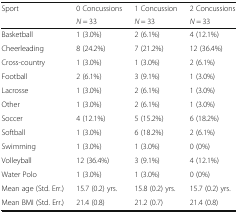
| <ROWSPAN=2> Sport | 0 Concussions | 1 Concussion | 2 Concussions |
 | N = 33 | N = 33 | N = 33 |
 | --- | --- | --- | --- |
 | Basketball | 1 (3.0%) | 2 (6.1%) | 4 (12.1%) |
 | Cheerleading | 8 (24.2%) | 7 (21.2%) | 12 (36.4%) |
 | Cross-country | 1 (3.0%) | 1 (3.0%) | 2 (6.1%) |
 | Football | 2 (6.1%) | 3 (9.1%) | 1 (3.0%) |
 | Lacrosse | 1 (3.0%) | 2 (6.1%) | 1 (3.0%) |
 | Other | 1 (3.0%) | 2 (6.1%) | 1 (3.0%) |
 | Soccer | 4 (12.1%) | 5 (15.2%) | 6 (18.2%) |
 | Softball | 1 (3.0%) | 6 (18.2%) | 2 (6.1%) |
 | Swimming | 1 (3.0%) | 1 (3.0%) | 0 (0%) |
 | Volleyball | 12 (36.4%) | 3 (9.1%) | 4 (12.1%) |
 | Water Polo | 1 (3.0%) | 1 (3.0%) | 0 (0%) |
 | Mean age (Std. Err.) | 15.7 (0.2) yrs. | 15.8 (0.2) yrs. | 15.7 (0.2) yrs. |
 | Mean BMI (Std. Err.) | 21.4 (0.8) | 21.2 (0.7) | 21.4 (0.8) |